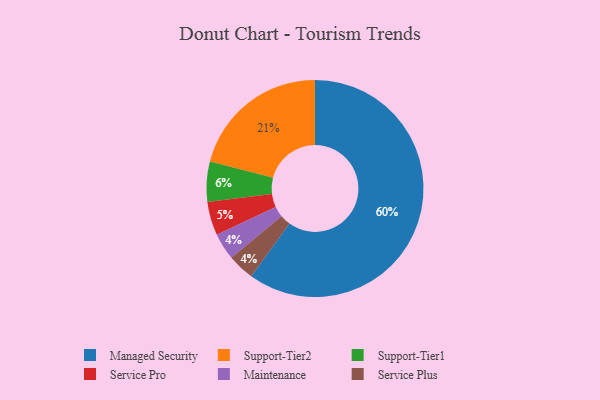
{"axis": {"x": "Category", "y": "Percentage"}, "legend": ["Maintenance", "Managed Security", "Service Plus", "Service Pro", "Support-Tier1", "Support-Tier2"], "data": [{"x": "Service Pro", "y": 5, "type": "Service Pro"}, {"x": "Managed Security", "y": 60, "type": "Managed Security"}, {"x": "Support-Tier1", "y": 6, "type": "Support-Tier1"}, {"x": "Support-Tier2", "y": 21, "type": "Support-Tier2"}, {"x": "Maintenance", "y": 4, "type": "Maintenance"}, {"x": "Service Plus", "y": 4, "type": "Service Plus"}]}